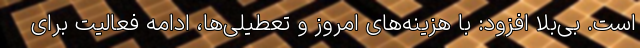
است. بی‌بلا افزود: با هزینه‌های امروز و تعطیلی‌ها، ادامه فعالیت برای